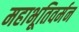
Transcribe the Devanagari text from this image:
महाभूतिवर्मन